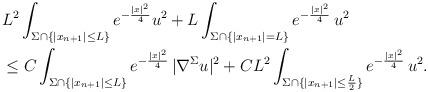
LaTeX: \begin{align*} &L^2 \int_{\Sigma \cap \{|x_{n+1}| \leq L\}} e^{-\frac{|x|^2}{4}} u^2 + L \int_{\Sigma \cap \{|x_{n+1}|=L\}} e^{-\frac{|x|^2}{4}} \, u^2 \\ &\leq C \int_{\Sigma \cap \{|x_{n+1}| \leq L\}} e^{-\frac{|x|^2}{4}} \, |\nabla^\Sigma u|^2 + C L^2 \int_{\Sigma \cap \{|x_{n+1}| \leq \frac{L}{2}\}} e^{-\frac{|x|^2}{4}} \, u^2. \end{align*}